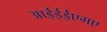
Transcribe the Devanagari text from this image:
आईईईएमए